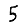
Digit: 5